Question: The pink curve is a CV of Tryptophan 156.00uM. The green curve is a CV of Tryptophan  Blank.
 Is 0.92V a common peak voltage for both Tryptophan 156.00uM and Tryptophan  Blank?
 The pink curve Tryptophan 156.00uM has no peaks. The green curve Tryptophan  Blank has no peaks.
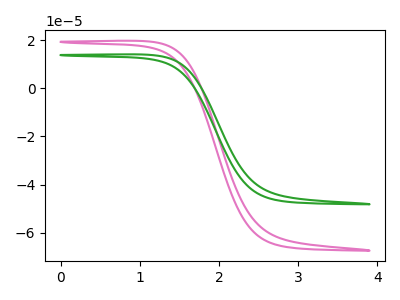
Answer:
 <answer>No, "Tryptophan 156.00uM" and "Tryptophan  Blank" dont share a peak at 0.92V.</answer>
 <eval>mismatch</eval>